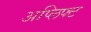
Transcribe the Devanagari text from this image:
अप्लिफ्ट